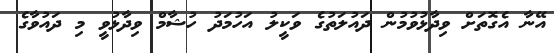
އޭނާ އެގޮތަށް ވިދާޅުވުމުން ދައުލަތުގެ ވަކީލު އަހުމަދު ހުޝާމް ވިދާޅުވީ މި ދައުވާގެ